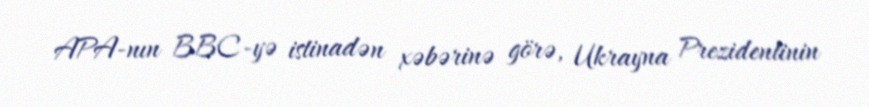
APA-nın BBC-yə istinadən xəbərinə görə, Ukrayna Prezidentinin